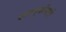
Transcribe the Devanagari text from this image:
वागणूकीसाठी